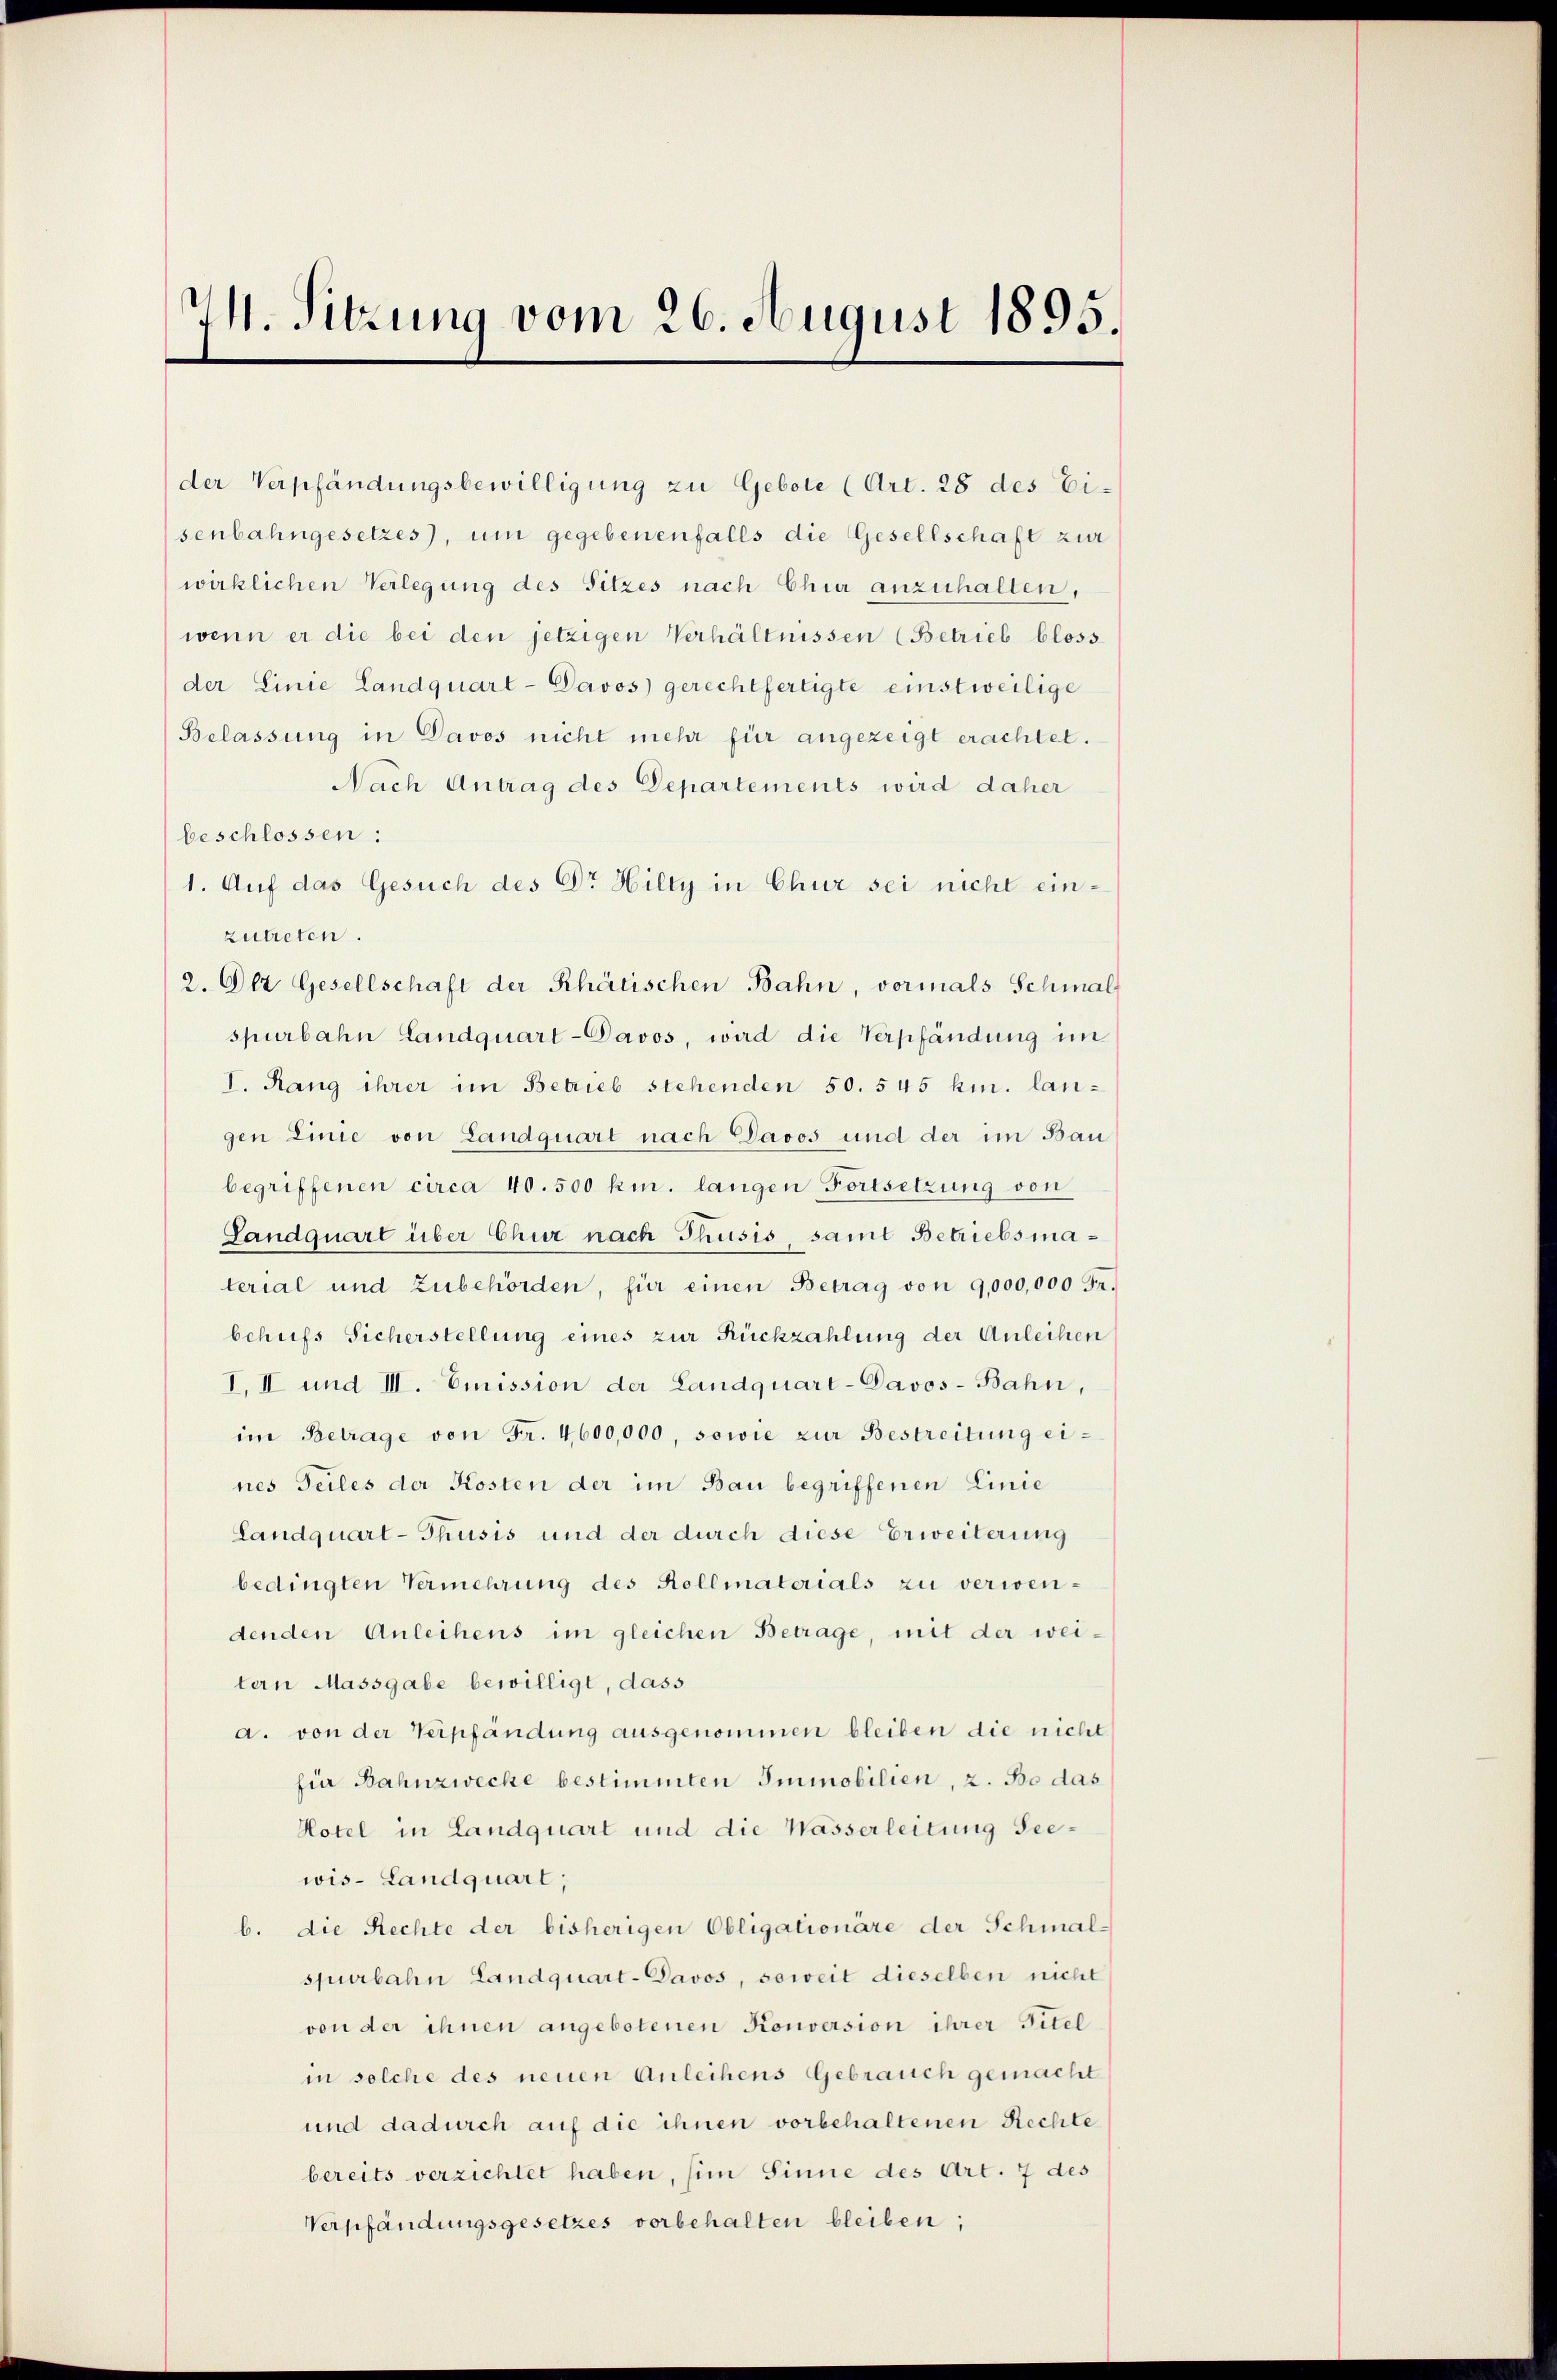
M. Sitzung vom 26. August 1895.

der Verpfändungsbewilligung zu Gebote (Art. 28 des Eisenbahngesetzes), um gegebenenfalls die Gesellschaft zur
wirklichen Verlegung des Sitzes nach Chur anzuhalten,
wenn er die bei den jetzigen Verhältnissen (Betrieb bloss
der Linie Landquart-Davos gerechtfertigte einstweilige
Belassung in Davos nicht mehr für angezeigt erachtet.
Nach Antrag des Departements wird daher
beschlossen:
1. Auf das Gesuch des Dr Hilty in Chur sei nicht einzutreten.
2. Olt Gesellschaft der Rhätischen Bahn, vormals Schmal
spurbahn Landquart-Davos, wird die Verpfändung im
I. Rang ihrer im Betrieb stehenden 50. 545 hin. langen Linie von Landquart nach Davos und der im Bau
begriffenen circa 40. 500 km. langen Fortsetzung von
Landquart über Chur nach Thusis, samt Betriebsmaterial und Zubehörden, für einen Betrag von 9,000,000 Fr.
behufs Sicherstellung eines zur Rückzahlung der Anleihen
I. II und III. Emission der Landquart-Davos-Bahn,
im Betrage von Fr. 4600,000, sowie zur Bestreitŭng eines Teiles der Kosten der im Bau begriffenen Linie
Landquart-Thusis und der durch diese Erweiterung
bedingten Vermehrung des Kellmaterials zu verwendenden Anleihens im gleichen Betrage, mit der wei-
tern Massgabe bewilligt, dass
a. von der Verpfandung ausgenommen bleiben die nicht
für Bahnzwecke bestimmten Immobilien, z. B. das
Hotel in Landquart und die Wasserleitung Seewis- Landquart;
b. die Rechte der bisherigen Obligationäre der Schmal-
spurbahn Landquart-Davos, soweit dieselben nicht
von der ihnen angebotenen Konversion ihrer Titel
in solche des neuen Anleihens Gebrauch gemacht
und dadurch auf die ihnen vorbehaltenen Rechte
bereits verzichtet haben, im Sinne des Art. 7 des
Verpfändungsgesetzes vorbehalten bleiben;